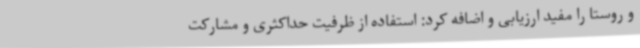
و روستا را مفید ارزیابی و اضافه کرد: استفاده از ظرفیت حداکثری و مشارکت